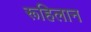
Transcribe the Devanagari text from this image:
रूहिलान